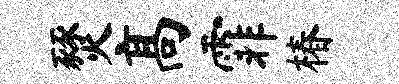
燹高霏椿